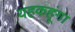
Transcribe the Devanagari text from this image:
यहकहूंगा